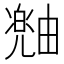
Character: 𪽠